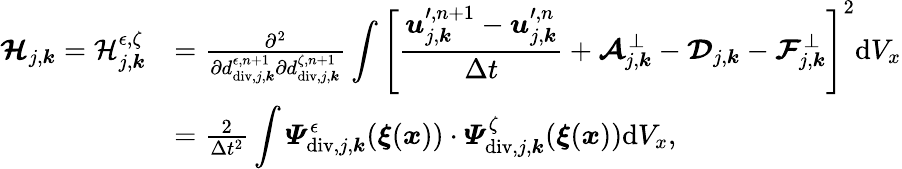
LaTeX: \begin{array}{rl}{\boldsymbol{\mathcal{H}}_{j,\boldsymbol{k}}=\mathcal{H}_{j,\boldsymbol{k}}^{\epsilon,\zeta}}&{=\frac{\partial^{2}}{\partial d_{\mathrm{div},j,\boldsymbol{k}}^{\epsilon,n+1}\partial d_{\mathrm{div},j,\boldsymbol{k}}^{\zeta,n+1}}\displaystyle\int\left[\frac{\boldsymbol{u}_{j,\boldsymbol{k}}^{\prime,n+1}-\boldsymbol{u}_{j,\boldsymbol{k}}^{\prime,n}}{\Delta t}+\boldsymbol{\mathcal{A}}_{j,\boldsymbol{k}}^{\bot}-\boldsymbol{\mathcal{D}}_{j,\boldsymbol{k}}-\boldsymbol{\mathcal{F}}_{j,\boldsymbol{k}}^{\bot}\right]^{2}\mathrm{d}V_{x}}\\ &{=\frac{2}{\Delta t^{2}}\displaystyle\int\boldsymbol{\varPsi}_{\mathrm{div},j,\boldsymbol{k}}^{\epsilon}(\boldsymbol{\xi}(\boldsymbol{x}))\cdot\boldsymbol{\varPsi}_{\mathrm{div},j,\boldsymbol{k}}^{\zeta}(\boldsymbol{\xi}(\boldsymbol{x}))\mathrm{d}V_{x},}\end{array}